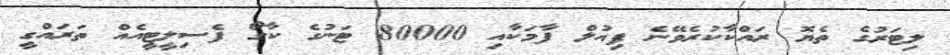
ލިޓަރުގެ ތެޔޮ ރައްކާކުރެވޭނެ ފިއުލް ފާމަކާއި 80000 ޓަނުގެ ކާގޯ ފެސިލީޓީއެއް ތަރައްގީ